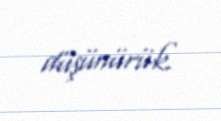
düşünürük.